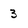
Character: 3